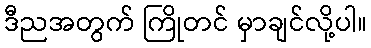
ဒီညအတွက် ကြိုတင် မှာချင်လို့ပါ။